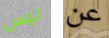
ليس عن